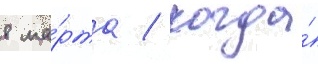
8 ма́рта / когда́